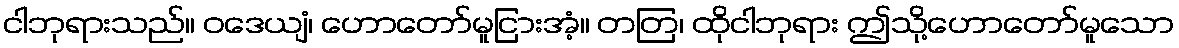
ငါဘုရားသည်။ ဝဒေယျံ၊ ဟောတော်မူငြားအံ့။ တတြ၊ ထိုငါဘုရား ဤသို့ဟောတော်မူသော